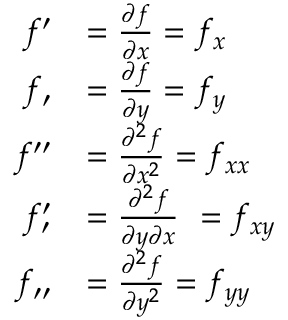
{ \begin{array} { r l } { f ^ { \prime } } & { = { \frac { \partial f } { \partial x } } = f _ { x } } \\ { f _ { \prime } } & { = { \frac { \partial f } { \partial y } } = f _ { y } } \\ { f ^ { \prime \prime } } & { = { \frac { \partial ^ { 2 } f } { \partial x ^ { 2 } } } = f _ { x x } } \\ { f _ { \prime } ^ { \prime } } & { = { \frac { \partial ^ { 2 } f } { \partial y \partial x } } \ = f _ { x y } } \\ { f _ { \prime \prime } } & { = { \frac { \partial ^ { 2 } f } { \partial y ^ { 2 } } } = f _ { y y } } \end{array} }